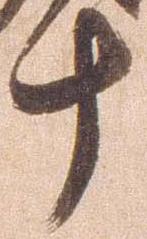
十